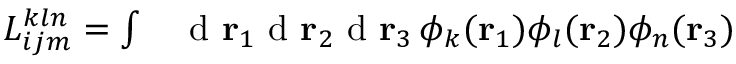
\begin{array} { r l } { { L } _ { i j m } ^ { k l n } = \int } & { { } \mathrm { ~ d ~ } { \mathbf { r } _ { 1 } } \mathrm { ~ d ~ } { \mathbf { r } _ { 2 } } \mathrm { ~ d ~ } { \mathbf { r } _ { 3 } } \, \phi _ { k } ( { \mathbf { r } _ { 1 } } ) \phi _ { l } ( { \mathbf { r } _ { 2 } } ) \phi _ { n } ( { \mathbf { r } _ { 3 } } ) } \end{array}